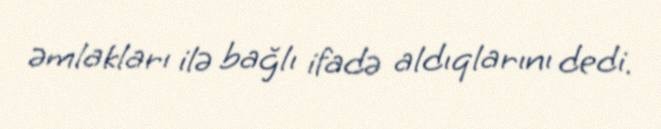
əmlakları ilə bağlı ifadə aldıqlarını dedi.